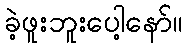
ခဲ့ဖူးဘူးပေါ့နော်။